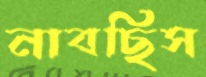
নাবছিস